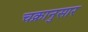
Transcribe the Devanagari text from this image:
चक्रानुसार